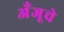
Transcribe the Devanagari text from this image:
अँजूचे